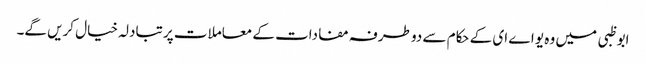
ابو ظبی میں وہ یو اے ای کے حکام سے دو طرفہ مفادات کے معاملات پر تبادلہ خیال کریں گے۔